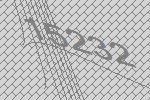
15232